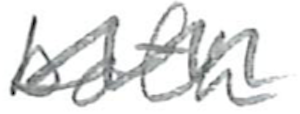
Text: both
Cross-out: wave
Writing tool: pencil